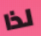
لذا